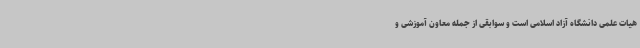
هیات علمی دانشگاه آزاد اسلامی است و سوابقی از جمله معاون آموزشی و